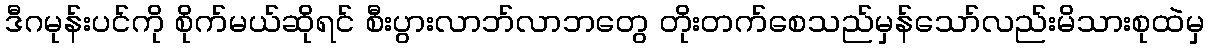
ဒီဂမုန်းပင်ကို စိုက်မယ်ဆိုရင် စီးပွားလာဘ်လာဘတွေ တိုးတက်စေသည်မှန်သော်လည်းမိသားစုထဲမှ